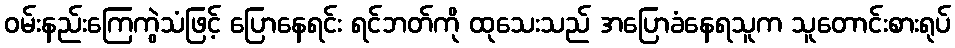
ဝမ်းနည်းကြေကွဲသံဖြင့် ပြောနေရင်း ရင်ဘတ်ကို ထုသေးသည် အပြောခံနေရသူက သူတောင်းစားရုပ်